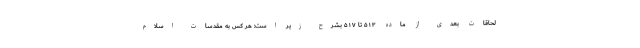
لحاقات بعدی از ماده ۵۱۳ تا ۵۱۷ بشرح زیر است: هر کس به مقدسات اسلام